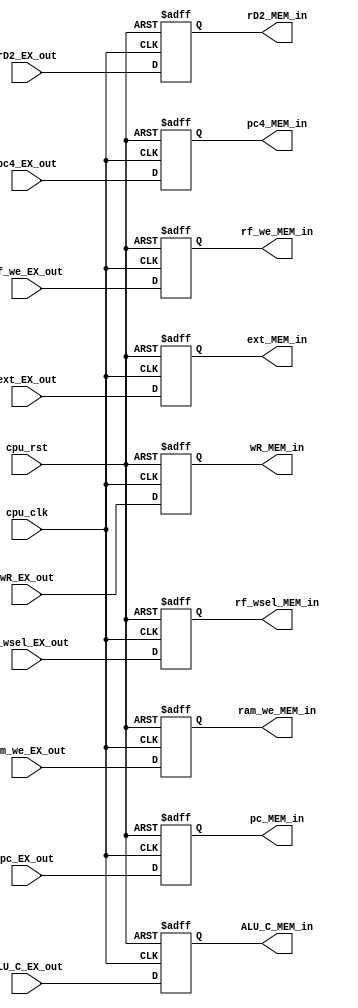
module REG_EX_MEM (
   input wire cpu_rst,
   input wire cpu_clk,

   input wire [31:0] ext_EX_out,
   output reg [31:0] ext_MEM_in,

   input wire [31:0] pc4_EX_out,
   output reg [31:0] pc4_MEM_in,

   input wire [4:0] wR_EX_out,
   output reg [4:0] wR_MEM_in,

   input wire ram_we_EX_out,
   output reg ram_we_MEM_in,

   input wire [1:0] rf_wsel_EX_out,
   output reg [1:0] rf_wsel_MEM_in,

   input wire rf_we_EX_out,
   output reg rf_we_MEM_in,

   input wire [31:0] rD2_EX_out,
   output reg [31:0] rD2_MEM_in,

   input wire [31:0] ALU_C_EX_out,
   output reg [31:0] ALU_C_MEM_in,

   input wire [31:0] pc_EX_out,
   output reg [31:0] pc_MEM_in

`ifdef RUN_TRACE
   ,// debug
   input wire inst_valid_EX_out,
   output reg inst_valid_MEM_in

`endif 
);

   // ext
   always @(posedge cpu_clk or posedge cpu_rst) begin
      if (cpu_rst) begin
         ext_MEM_in <= 32'h0;
      end
      else begin
         ext_MEM_in <= ext_EX_out;
      end
   end

   // pc4
   always @(posedge cpu_clk or posedge cpu_rst) begin
      if (cpu_rst) begin
         pc4_MEM_in <= 32'h0;
      end
      else begin
         pc4_MEM_in <= pc4_EX_out;
      end
   end

   // wR
   always @(posedge cpu_clk or posedge cpu_rst) begin
      if (cpu_rst) begin
         wR_MEM_in <= 5'b0;
      end
      else begin
         wR_MEM_in <= wR_EX_out;
      end
   end

   // ram_we
   always @(posedge cpu_clk or posedge cpu_rst) begin
      if (cpu_rst) begin
         ram_we_MEM_in <= 1'b0;
      end
      else begin
         ram_we_MEM_in <= ram_we_EX_out;
      end
   end

   // rf_wsel
   always @(posedge cpu_clk or posedge cpu_rst) begin
      if (cpu_rst) begin
         rf_wsel_MEM_in <= 2'b0;
      end
      else begin
         rf_wsel_MEM_in <= rf_wsel_EX_out;
      end
   end

   // rf_we
   always @(posedge cpu_clk or posedge cpu_rst) begin
      if (cpu_rst) begin
         rf_we_MEM_in <= 1'b0;
      end
      else begin
         rf_we_MEM_in <= rf_we_EX_out;
      end
   end

   // rD2
   always @(posedge cpu_clk or posedge cpu_rst) begin
      if (cpu_rst) begin
         rD2_MEM_in <= 32'h0;
      end
      else begin
         rD2_MEM_in <= rD2_EX_out;
      end
   end

   // ALU_C
   always @(posedge cpu_clk or posedge cpu_rst) begin
      if (cpu_rst) begin
         ALU_C_MEM_in <= 32'h0;
      end
      else begin
         ALU_C_MEM_in <= ALU_C_EX_out;
      end
   end

   // pc
   always @(posedge cpu_clk or posedge cpu_rst) begin
      if (cpu_rst) begin
         pc_MEM_in <= 32'h0;
      end
      else begin
         pc_MEM_in <= pc_EX_out;
      end
   end

`ifdef RUN_TRACE

   always @(posedge cpu_clk or posedge cpu_rst) begin
      if (cpu_rst)
         inst_valid_MEM_in <= 1'b0;
      else 
         inst_valid_MEM_in <= inst_valid_EX_out;
   end

`endif 

endmodule //REG_EX_MEM